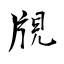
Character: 覑